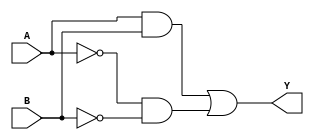
module simple_assign(
    input A,
    input B,
    output wire Y
);

assign Y = (A & B) | (~A & ~B);

endmodule